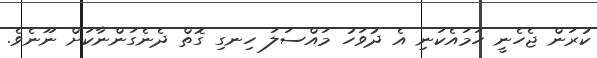
ކުރަން ޖެހެނީ ހަމައެކަނި އެ ދުވަހު މައްސަލަ ހިނގި ގޮތް ދެނެގަންނާކަށް ނޫނެވެ.